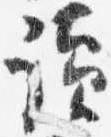
読